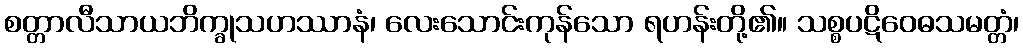
စတ္တာလီသာယဘိက္ခုသဟဿာနံ၊ လေးသောင်းကုန်သော ရဟန်းတို့၏။ သစ္စပဋိဝေဓသမတ္တံ၊